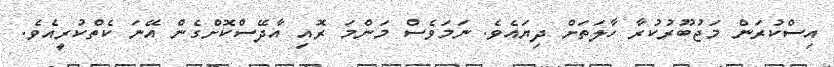
އިސްކުރަން މަޖުބޫރުކުރާ ހާލަތަށް ދިޔައެވެ. ނަމަވެސް މަންމަ ރޮއި އާދޭސްކޮށްގެން އޭނަ ކެތްކުރީއެވެ.